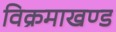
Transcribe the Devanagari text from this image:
विक्रमाखण्ड